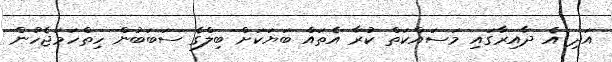
އަދި އެ ދާއިރާގައި މަސައްކަތް ކުރާ އެތައް ބަޔަކަށް ބިލްގެ ސަބަބުން ހިތްހަމަޖެހުން